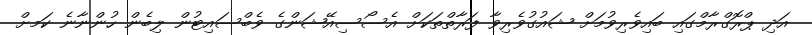
އަދި ޕްރޮގްރާމްގައި ބައިވެރިވުމަށް ޝައުގުވެރިވާ ފަރާތްތަކަށް އެސޯސިއޭޝަންގެ ވެބްސައިޓުން ލިބެން ހުންނާނެ ކަަމށް